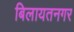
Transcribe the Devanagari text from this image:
बिलायतनगर